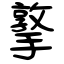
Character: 撉